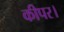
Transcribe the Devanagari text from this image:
कीपर।